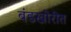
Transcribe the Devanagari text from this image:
बंडखोरीत